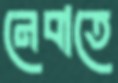
নেবাতে